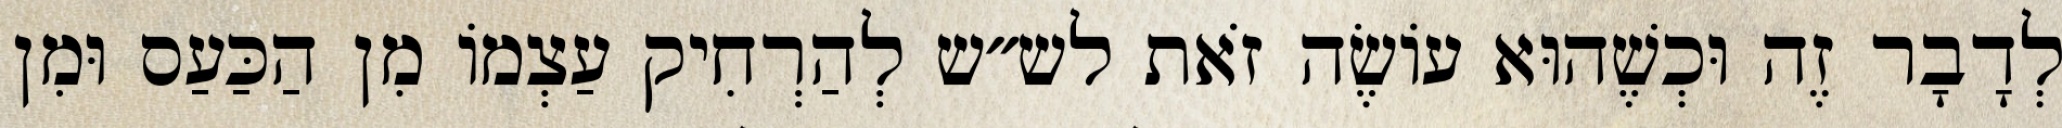
לְדָבָר זֶה וּכְשֶׁהוּא עוֹשֶׂה זֹאת לש״ש לְהַרְחִיק עַצְמוֹ מִן הַכַּעַס וּמִן